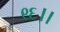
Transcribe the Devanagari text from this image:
९६।।